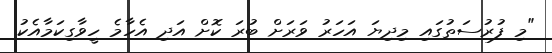
"މި ފުރުސަތުގައި މިދިޔަ އަހަރު ވަރަށް ބުރަ ކޮށް އަދި އެހާމެ ހީވާގިކަމާއެކު